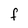
Character: F